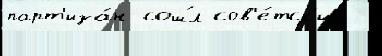
парт'иза́н сош́л сов'е́тск'их